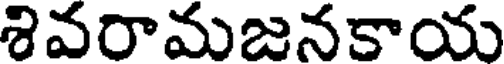
శివరామజనకాయ